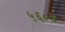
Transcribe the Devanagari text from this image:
५६०४